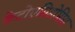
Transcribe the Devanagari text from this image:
केटोएसिडोसिस